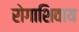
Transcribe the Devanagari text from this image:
रोगाशिवाय